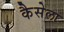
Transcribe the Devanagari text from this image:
कैसेला